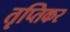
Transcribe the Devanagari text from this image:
तृप्तिकर